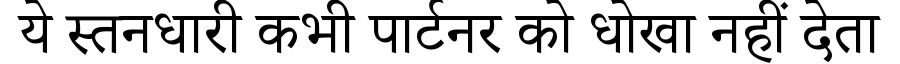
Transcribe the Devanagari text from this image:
ये स्तनधारी कभी पार्टनर को धोखा नहीं देता